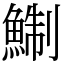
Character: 鯯